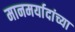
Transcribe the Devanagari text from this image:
मानमर्यादांच्या